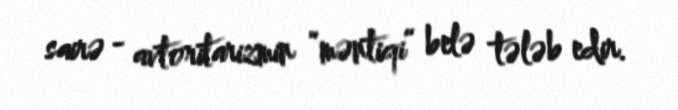
sairə - avtoritarizmin “məntiqi” belə tələb edir.